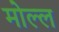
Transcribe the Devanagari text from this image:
मोल्ल